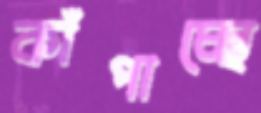
কাঁপাচ্ছে